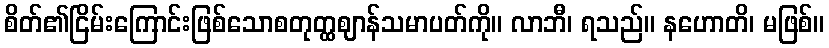
စိတ်၏ငြိမ်းကြောင်းဖြစ်သောစတုတ္ထဈာန်သမာပတ်ကို။ လာဘီ၊ ရသည်။ နဟောတိ၊ မဖြစ်။